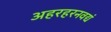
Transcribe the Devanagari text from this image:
अहरहरनवद्यं